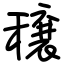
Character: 穣